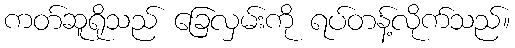
ကတ်ဆူရိုသည် ခြေလှမ်းကို ရပ်တန့်လိုက်သည်။